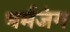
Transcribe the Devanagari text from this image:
धर्मजंग